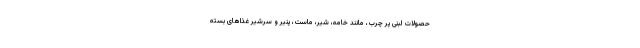
حصولات لبنی پر چرب، مانند خامه، شیر، ماست، پنیر و سرشیر غذاهای بسته